Lunatic asylums in Bengal annual reports 1888-1898 - 1888-1898
Year: 1888
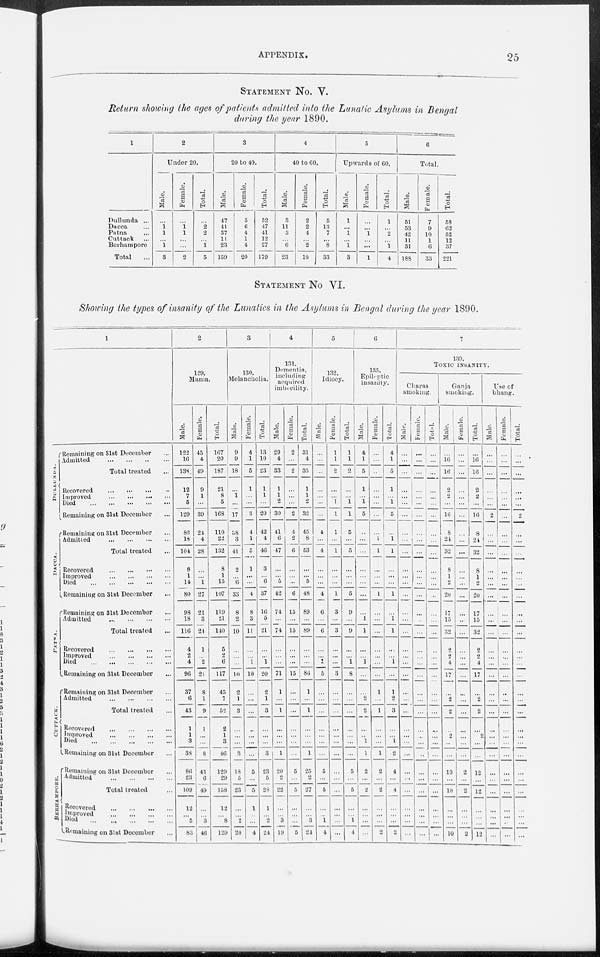
APPENDIX.
25
STATEMENT No. V.
Return showing the ages of patients admitted into the Lunatic Asylums in Bengal
during the year 1890.
1
Dullunda ...
Dacca ...
Patna ...
Cuttack ...
Berhampore
Total ...
2
Under 20.
Male.
...
1
1
...
1
3
Female.
...
1 1
...
...
2
Total.
...
2
2
...
1
5
3
20 to 40.
Male.
47
41
37
11
23
159
Female.
5
6
4
1
4
20
Total.
52
47
41
12
27
179
4
40 to 60.
Male.
3
11
3
...
6
23
Female.
2
2
4
...
2
10
Total.
5
13
7
...
8
33
5
Upwards of 60.
Male.
1
... 1
...
1
3
Female.
...
...
1
...
...
1
Total.
1
...
2
...
1
4
6
Total.
Male.
51
53
42
11
31
188
Female.
7
9
10
1
6
33
Total.
58
62
52
12
37
221
STATEMENT No VI.
Showing the types of insanity of the Lunatics in the Asylums in Bengal during the year 1890.
1
DULLUNDA.
DACCA.
PATNA.
CUTTACK.
BERHAMPORE.
Remaining on 31st December ...
Admitted
...
...
...
...
Total treated ...
Recovered
... ... ... ...
Improved
... ... ... ...
Died
...
...
...
...
...
Remaining on 31st December ...
Remaining on 31st December ...
Admitted
...
...
...
...
Total treated ...
Recovered
...
...
...
...
Improved
...
...
...
...
Died
...
...
...
...
...
Remaining on 31st December ...
Remaining on 31st December ...
Admitted
...
...
...
...
Total treated ...
Recovered
...
...
...
...
Improved
...
...
...
...
Died
...
...
...
...
...
Remaining on 31st December ...
Remaining on 31st December ...
Admitted
...
...
...
...
Total treated ...
Recovered
...
...
...
...
Improved
...
...
...
...
Died
...
...
...
...
...
Remaining on 31st December ...
Remaining on 31st December ...
Admitted
...
...
...
...
Total treated ...
Recovered
...
...
...
...
Improved
...
...
...
...
Died
...
...
...
...
...
Remaining on 31st December ...
2
129.
Mania.
Male.
122
16
138
12
7
5
129
86
18
104
8
1
14
80
98
18
116
4
2
4
96
37
6
43
1
1
3
38
86
23
109
12
...
5
83
Female.
45
4
49
9
1
...
39
24
4
28
...
...
1
27
21
3
24
1
...
2
21
8
1
9
1
...
...
8
43
6
49
...
...
3
46
Total.
167
20
187
21
8
5
168
110
22
132
8
1
15
107
119
21
140
5
2
6
117
45
7
52
2
1
3
46
129
29
158
12
...
8
129
3
130.
Melancholia.
Male.
9
9
18
...
1
...
17
38
3
41
2
...
6
33
8
2
10
...
...
...
10
2
1
3
...
...
...
3
18
5
23
...
...
2
20
Female.
4
1
5
1
...
...
3
4
1
5
1
...
...
4
8
3
11
...
...
1
10
...
...
...
...
...
...
...
5
...
5
1
...
...
4
Total.
13
10
23
1
1
...
20
42
4
46
3
...
6
37
16
5
21
...
...
1
20
2
1
3
...
...
...
3
23
5
28
1
...
2
24
4
131.
Dementia,
including
acquired
imbecility.
Male.
29
4
33
1
1
2
30
41
6
47
...
...
5
42
74
...
74
...
...
...
71
1
...
1
...
...
...
1
20
2
22
...
...
3
19
Female.
2
...
2
...
...
...
2
4
2
6
...
...
...
6
15
...
15
...
...
...
15
...
...
...
...
...
...
...
5
...
5
...
...
...
5
Total.
31
4
35
1
1
2
32
45
8
53
...
...
5
48
89
...
89
...
...
...
86
1
...
1
...
...
...
1
25
2
27
...
...
3
24
5
132.
Idiocy.
Male.
...
...
...
...
...
...
...
4
...
4
...
...
...
4
6
...
6
...
...
1
5
...
...
...
...
...
...
...
5
...
5
...
...
1
4
Female.
1
1
2
...
...
1
1
1
...
1
...
...
...
1
3
...
3
...
...
...
3
...
...
...
...
...
...
...
...
...
...
...
...
...
...
Total.
1
1
2
...
...
1
1
5
...
5
...
...
...
5
9
...
9
...
...
1
8
...
...
...
...
...
...
...
5
...
5
...
...
1
4
6
135.
Epileptic
insanity.
Male.
4
1
5
1
...
1
5
...
...
...
...
...
...
...
...
1
1
...
...
1
...
...
2
2
...
...
1
1
2
...
2
...
...
...
...
Female.
...
...
...
...
...
...
...
...
1
1
...
...
...
1
...
...
...
...
...
...
...
1
...
1
...
...
...
1
2
...
2
...
...
...
2
Total.
4
1
5
1
...
1
5
...
1
1
...
...
...
1
...
1
1
...
...
1
...
1
2
3
...
...
1
2
4
...
4
...
...
...
2
7
139.
TOXIC INSANITY.
Charas
smoking.
Male.
...
...
...
...
...
...
...
...
...
...
...
...
...
...
...
...
...
...
...
...
...
...
...
...
...
...
...
...
...
...
...
...
...
...
...
Female.
...
...
...
...
...
...
...
...
...
...
...
...
...
...
...
...
...
...
...
...
...
...
...
...
...
...
...
...
...
...
...
...
...
...
...
Total.
...
...
...
...
...
...
...
...
...
...
...
...
...
...
...
...
...
...
...
...
...
...
...
...
...
...
...
...
...
...
...
...
...
...
...
Ganja
smoking.
Male.
...
16
16
2
2
...
16
8
24
32
8
1
2
20
17
15
32
2
2
4
17
...
2
2
...
2
...
...
10
...
10
...
...
...
10
Female.
...
...
...
...
...
...
...
...
...
...
...
...
...
...
...
...
...
...
...
...
...
...
...
...
...
...
...
...
2
...
2
...
...
...
2
Total.
...
16
16
2
2
...
16
8
24
32
8
1
2
20
17
15
32
2
2
4
17
...
2
2
...
2
...
...
12
...
12
...
...
...
12
Use of
bhang.
Male.
...
...
...
...
...
...
2
...
...
...
...
...
...
...
...
...
...
...
...
...
...
...
...
...
...
...
...
...
...
...
...
...
...
...
...
Female.
...
...
...
...
...
...
...
...
...
...
...
...
...
...
...
...
...
...
...
...
...
...
...
...
...
...
...
...
...
...
...
...
...
...
...
Total.
...
...
...
...
...
...
2
...
...
...
...
...
...
...
...
...
...
...
...
...
...
...
...
...
...
...
...
...
...
...
...
...
...
...
...